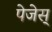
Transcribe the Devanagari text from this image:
पेजेस्